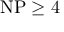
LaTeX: { \mathrm { N P } } \geq 4